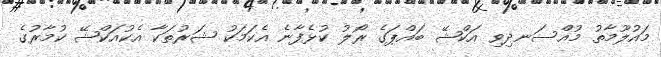
މައުލޫމާތު މުއްސަނދިވި އަކްޝޭ ބައްޕަގެ ރޯލު ކުޅެފާނެ އެކަމަކު ޝަރުތަކާ އެކުއަކްޝޭ ކުމާރުގެ